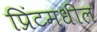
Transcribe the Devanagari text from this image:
प्रिंटमधील